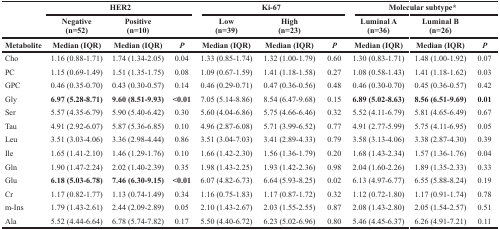
<table><thead><tr><td rowspan="2"></td><td colspan="3"><b>HER2</b></td><td colspan="3"><b>Ki-67</b></td><td colspan="3"><b>Molecular subtype*</b></td></tr><tr><td><b>Negative (n=52)</b></td><td><b>Positive (n=10)</b></td><td></td><td><b>Low (n=39)</b></td><td><b>High (n=23)</b></td><td></td><td><b>Luminal A (n=36)</b></td><td><b>Luminal B (n=26)</b></td><td></td></tr><tr><td><b>Metabolite</b></td><td><b>Median (IQR)</b></td><td><b>Median (IQR)</b></td><td><b><i>P</i></b></td><td><b>Median (IQR)</b></td><td><b>Median (IQR)</b></td><td><b><i>P</i></b></td><td><b>Median (IQR)</b></td><td><b>Median (IQR)</b></td><td><b><i>P</i></b></td></tr></thead><tbody><tr><td>Cho</td><td>1.16 (0.88-1.71)</td><td>1.74 (1.34-2.05)</td><td>0.04</td><td>1.33 (0.85-1.74)</td><td>1.32 (1.00-1.79)</td><td>0.60</td><td>1.30 (0.83-1.71)</td><td>1.48 (1.00-1.92)</td><td>0.07</td></tr><tr><td>PC</td><td>1.15 (0.69-1.49)</td><td>1.51 (1.35-1.75)</td><td>0.08</td><td>1.09 (0.67-1.59)</td><td>1.41 (1.18-1.58)</td><td>0.27</td><td>1.08 (0.58-1.43)</td><td>1.41 (1.18-1.62)</td><td>0.03</td></tr><tr><td>GPC</td><td>0.46 (0.35-0.70)</td><td>0.43 (0.30-0.57)</td><td>0.14</td><td>0.46 (0.29-0.71)</td><td>0.47 (0.36-0.56)</td><td>0.48</td><td>0.46 (0.30-0.70)</td><td>0.45 (0.36-0.57)</td><td>0.42</td></tr><tr><td>Gly</td><td><b>6.97 (5.28-8.71)</b></td><td><b>9.60 (8.51-9.93)</b></td><td><b>&lt;0.01</b></td><td>7.05 (5.14-8.86)</td><td>8.54 (6.47-9.68)</td><td>0.15</td><td><b>6.89 (5.02-8.63)</b></td><td><b>8.56 (6.51-9.69)</b></td><td><b>0.01</b></td></tr><tr><td>Ser</td><td>5.57 (4.35-6.79)</td><td>5.90 (5.40-6.42)</td><td>0.30</td><td>5.60 (4.04-6.86)</td><td>5.75 (4.66-6.46)</td><td>0.32</td><td>5.52 (4.11-6.79)</td><td>5.81 (4.65-6.49)</td><td>0.67</td></tr><tr><td>Tau</td><td>4.91 (2.92-6.07)</td><td>5.87 (5.36-6.85)</td><td>0.10</td><td>4.96 (2.87-6.08)</td><td>5.71 (3.99-6.52)</td><td>0.77</td><td>4.91 (2.77-5.99)</td><td>5.75 (4.11-6.95)</td><td>0.05</td></tr><tr><td>Leu</td><td>3.51 (3.03-4.06)</td><td>3.36 (2.98-4.44)</td><td>0.86</td><td>3.51 (3.04-7.03)</td><td>3.41 (2.89-4.33)</td><td>0.79</td><td>3.58 (3.13-4.06)</td><td>3.38 (2.87-4.30)</td><td>0.39</td></tr><tr><td>Ile</td><td>1.65 (1.41-2.10)</td><td>1.46 (1.29-1.76)</td><td>0.10</td><td>1.66 (1.42-2.30)</td><td>1.56 (1.36-1.79)</td><td>0.20</td><td>1.68 (1.43-2.34)</td><td>1.57 (1.36-1.76)</td><td>0.04</td></tr><tr><td>Gln</td><td>1.90 (1.47-2.24)</td><td>2.02 (1.40-2.39)</td><td>0.35</td><td>1.98 (1.43-2.25)</td><td>1.93 (1.42-2.36)</td><td>0.98</td><td>2.04 (1.60-2.26)</td><td>1.89 (1.35-2.33)</td><td>0.33</td></tr><tr><td>Glu</td><td><b>6.18 (5.03-6.78)</b></td><td><b>7.46 (6.30-9.15)</b></td><td><b>&lt;0.01</b></td><td>6.07 (4.82-6.73)</td><td>6.64 (5.93-8.25)</td><td>0.02</td><td>6.13 (4.97-6.77)</td><td>6.55 (5.88-8.24)</td><td>0.19</td></tr><tr><td>Cr</td><td>1.17 (0.82-1.77)</td><td>1.13 (0.74-1.49)</td><td>0.34</td><td>1.16 (0.75-1.83)</td><td>1.17 (0.87-1.72)</td><td>0.32</td><td>1.12 (0.72-1.80)</td><td>1.17 (0.91-1.74)</td><td>0.78</td></tr><tr><td>m-Ins</td><td>1.79 (1.43-2.61)</td><td>2.44 (2.09-2.89)</td><td>0.05</td><td>2.10 (1.43-2.67)</td><td>2.03 (1.55-2.55)</td><td>0.87</td><td>2.08 (1.43-2.80)</td><td>2.05 (1.54-2.57)</td><td>0.51</td></tr><tr><td>Ala</td><td>5.52 (4.44-6.64)</td><td>6.78 (5.74-7.82)</td><td>0.17</td><td>5.50 (4.40-6.72)</td><td>6.23 (5.02-6.96)</td><td>0.80</td><td>5.46 (4.45-6.37)</td><td>6.26 (4.91-7.21)</td><td>0.11</td></tr></tbody></table>